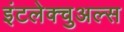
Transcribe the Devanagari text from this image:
इंटलेक्चुअल्स